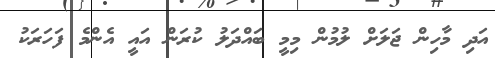
އަދި މާހިން ޖަލަށް ލުމުން މިމީ ބައްދަލު ކުރަން އައީ އެންމެ ފަހަރަކު